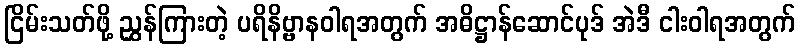
ငြိမ်းသတ်ဖို့ ညွှန်ကြားတဲ့ ပရိနိဗ္ဗာနဝါရအတွက် အဓိဋ္ဌာန်ဆောင်ပုဒ် အဲဒီ ငါးဝါရအတွက်